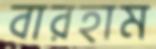
বারহাম